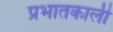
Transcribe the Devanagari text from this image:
प्रभातकाली